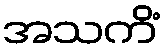
အသကိံ